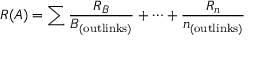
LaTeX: R ( A ) = \sum { \frac { R _ { B } } { B _ { \mathrm { ( o u t l i n k s ) } } } } + \cdots + { \frac { R _ { n } } { n _ { \mathrm { ( o u t l i n k s ) } } } }